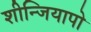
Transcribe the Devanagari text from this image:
शीन्जियापो